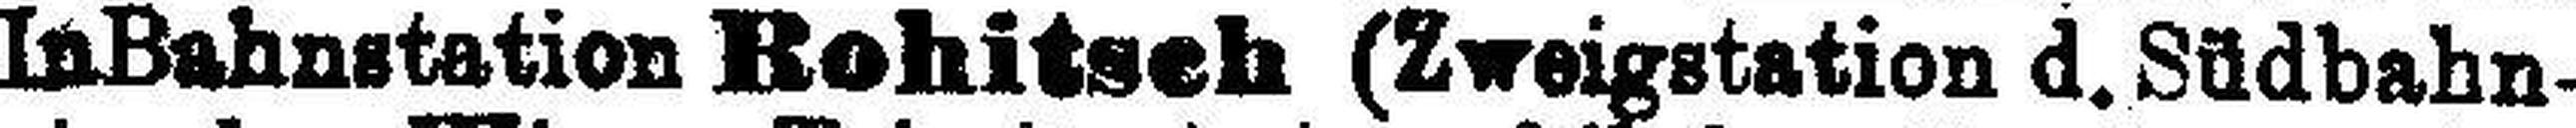
In Bahnstation Rohitseh (Zweigstation d. Südbahn¬